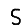
Digit: 5